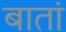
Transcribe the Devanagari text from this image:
बातां